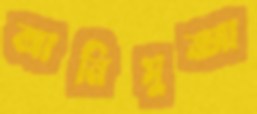
আনিসুজ্জা